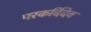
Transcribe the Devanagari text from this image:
परकर्दिदेव